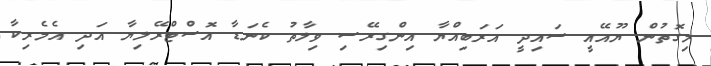
މިގޮތުން ޔޫއޭއީ ސައިދީ އަރަބިއްޔާ އިންގިރޭސި ވިލާތު ކެނަޑާ އޮސްޓްރޭލިޔާ އަދި އެމެރިކާ